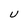
Character: U